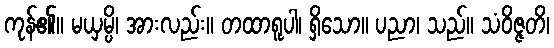
ကုန်၏။ မယှမ္ပိ၊ အားလည်း။ တထာရူပါ၊ ရှိသော။ ပညာ၊ သည်။ သံဝိဇ္ဇတိ၊